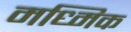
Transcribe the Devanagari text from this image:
मध्मिक